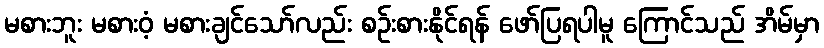
မစားဘူး မစားဝံ့ မစားချင်သော်လည်း စဉ်းစားနိုင်ရန် ဖော်ပြရပါမူ ကြောင်သည် အိမ်မှာ